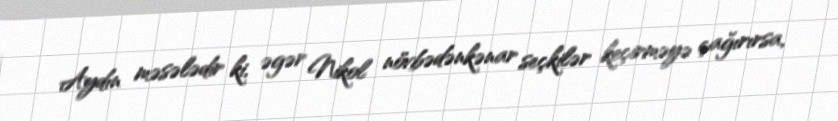
Aydın məsələdir ki, əgər Nikol növbədənkənar seçkilər keçirməyə çağırırsa,